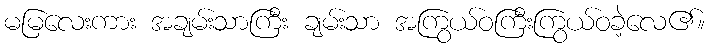
မမြလေးကား အချမ်းသာကြီး ချမ်းသာ အကြွယ်ဝကြီးကြွယ်ဝခဲ့လေ၏။